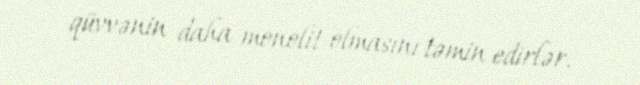
qüvvənin daha monolit olmasını təmin edirlər.